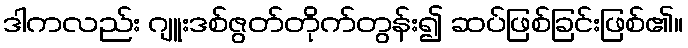
ဒါကလည်း ဂျူးဒစ်ဇွတ်တိုက်တွန်း၍ ဆပ်ဖြစ်ခြင်းဖြစ်၏။